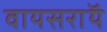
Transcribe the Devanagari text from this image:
वायसराॅय